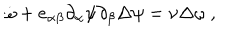
LaTeX: \dot { \omega } + e _ { \alpha \beta } \partial _ { \alpha } \psi \partial _ { \beta } \Delta \psi = \nu \Delta \omega \ ,